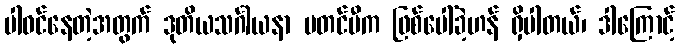
ပါဝင်နေတဲ့အတွက် ဒုတိယသင်္ဂါယနာ မတင်မီက ဖြစ်ပေါ်ခဲ့ဟန် ရှိပါတယ်၊ ဒါကြောင့်